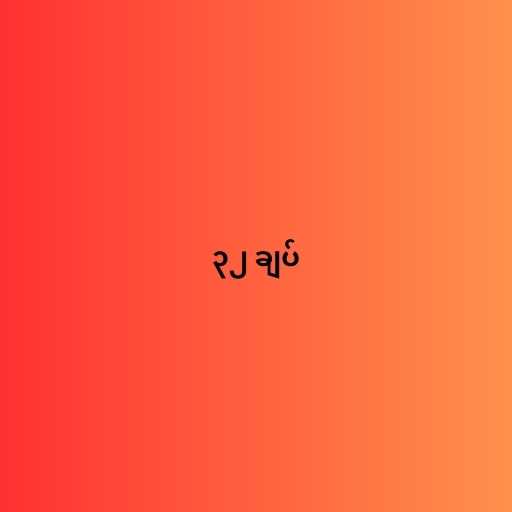
၃၂ ချပ်